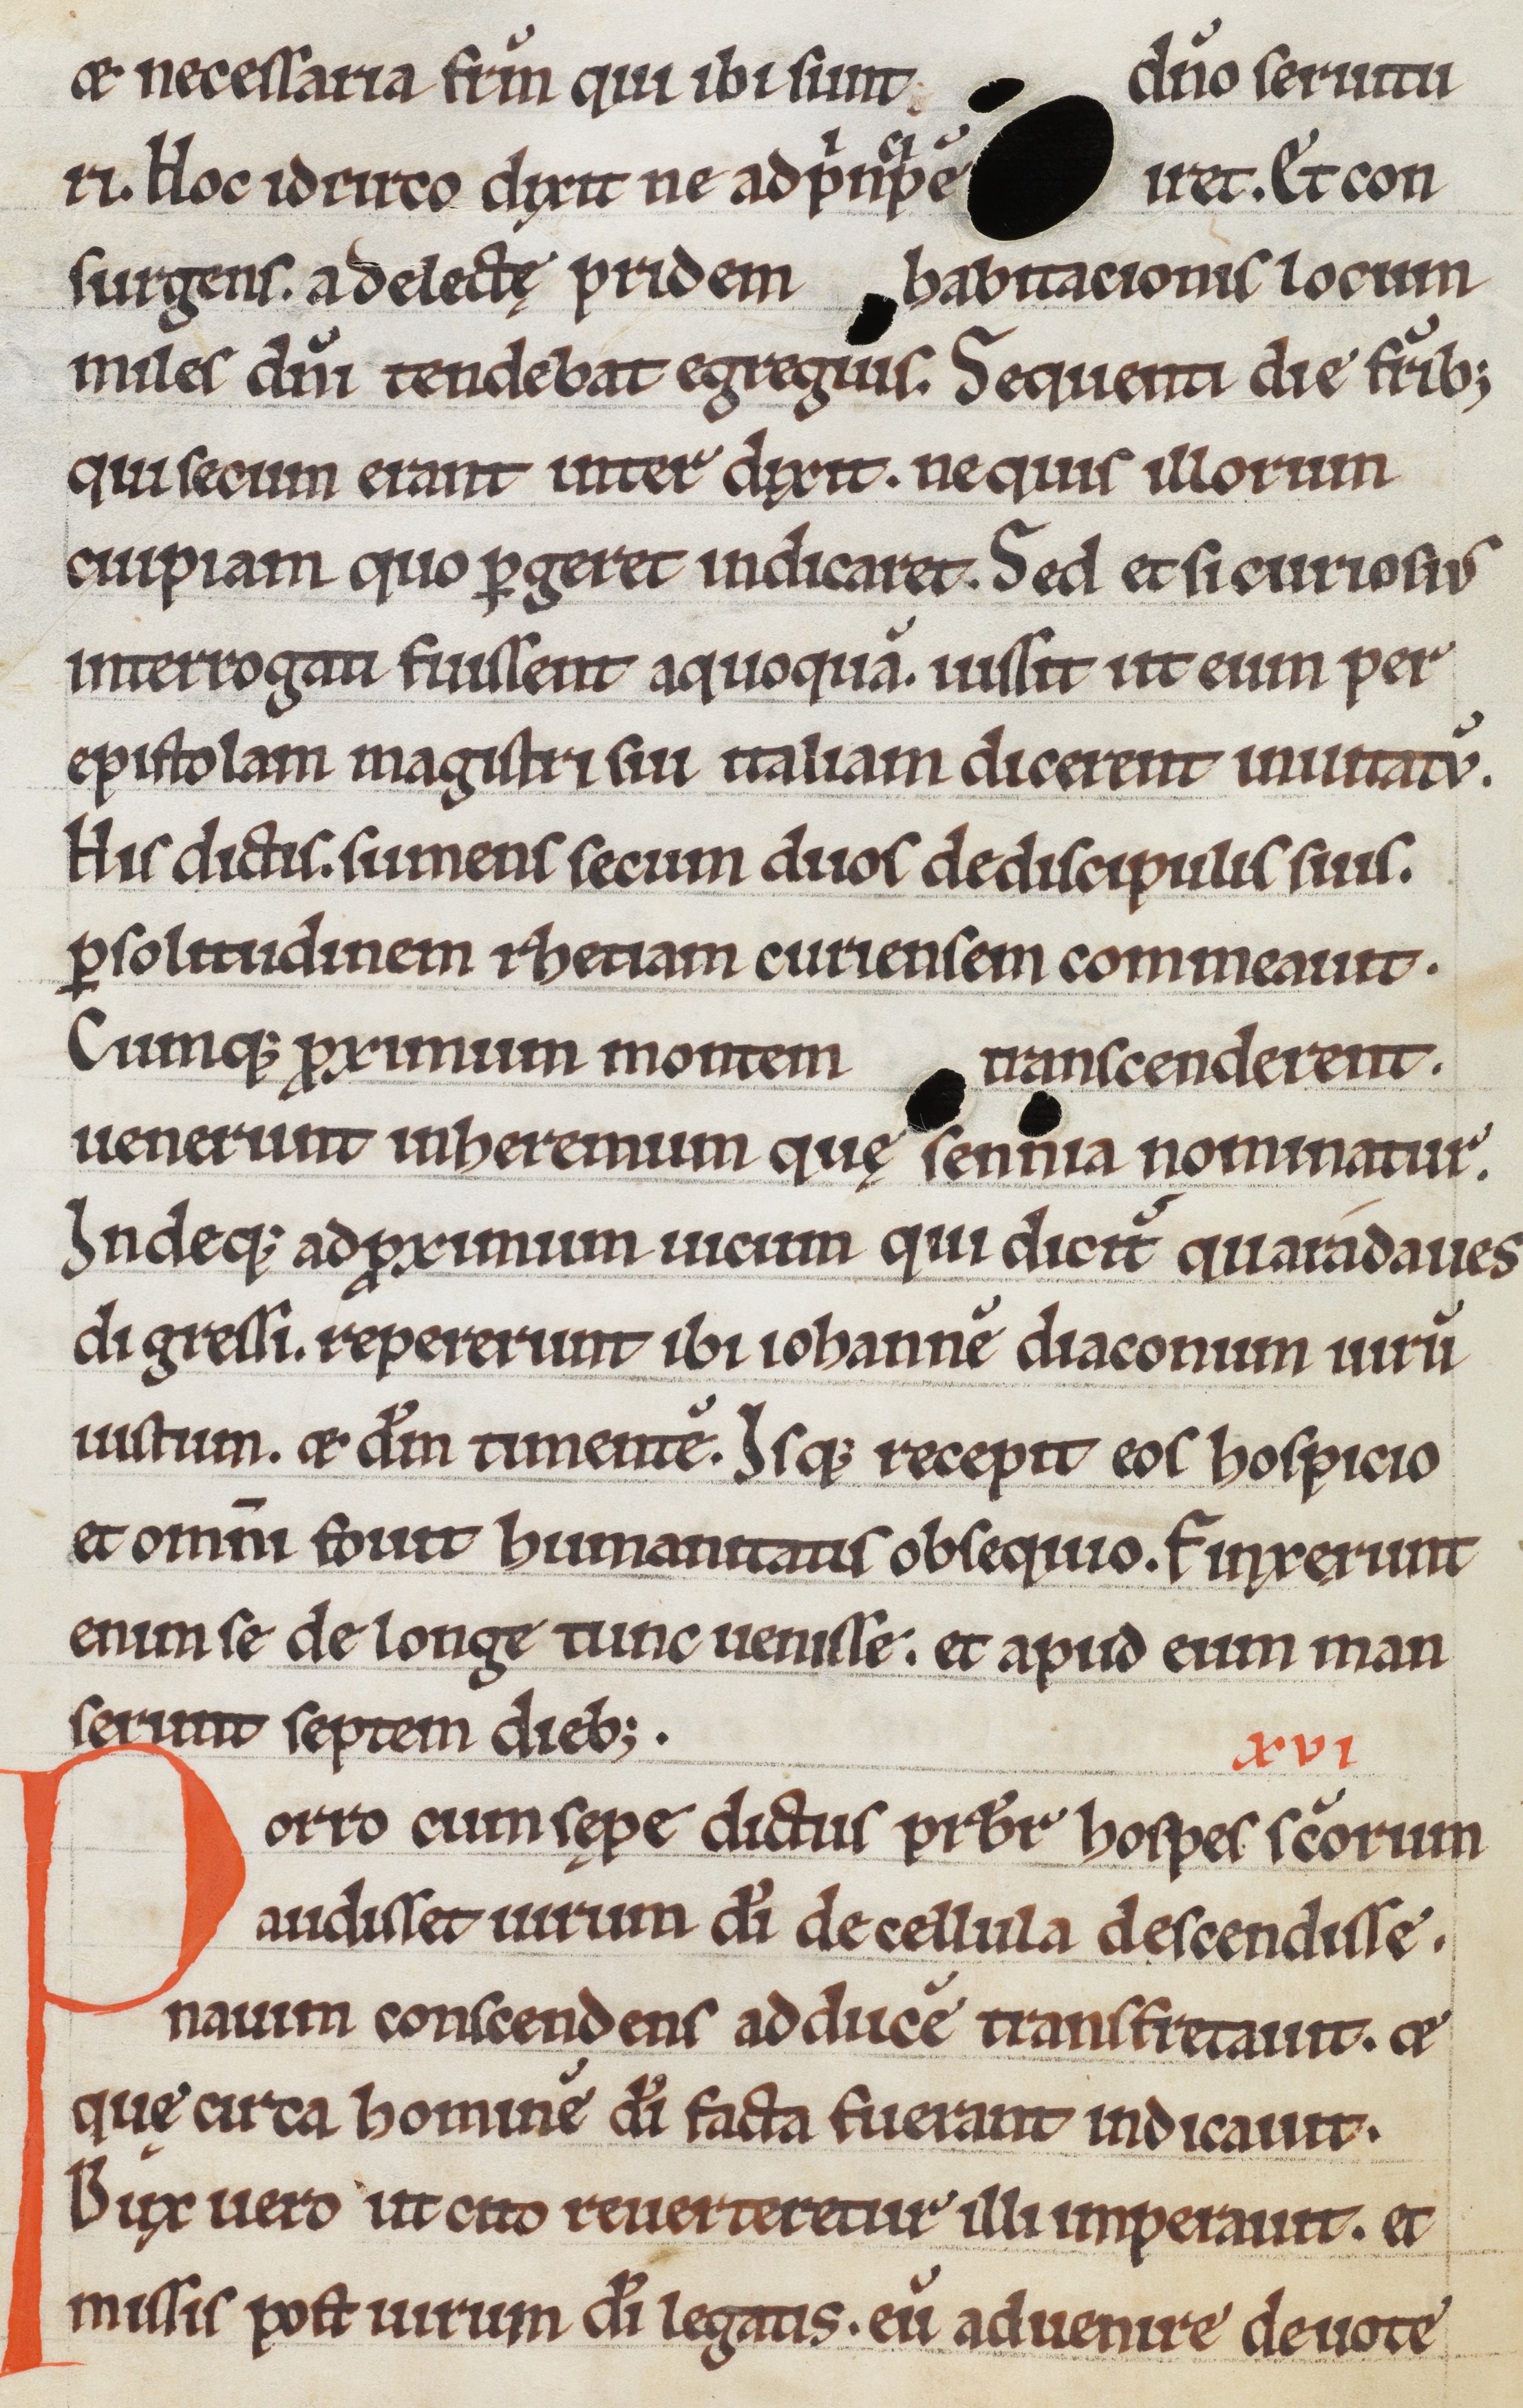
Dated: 1185–1215